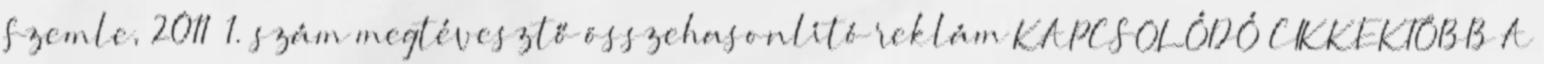
Szemle, 2011 1. szám megtévesztő összehasonlító reklám KAPCSOLÓDÓ CIKKEKTÖBB A